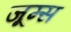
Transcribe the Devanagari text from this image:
जूम्स